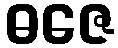
ဓဇေ